Problem: 28 + 23 = ?
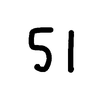
Handwritten answer: 51